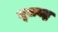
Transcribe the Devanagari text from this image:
मूलबद्ध